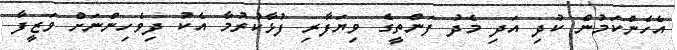
އެހެންކަމުން ކުދި އަދި މެދު ފަންތީގެ ވިޔަފާރި ފުޅާކުރުމާ އެކު ދިވެހިންނަށް ވަޒީފާ